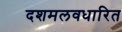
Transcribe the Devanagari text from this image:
दशमलवधारित